Plague in India, 1896, 1897 - Volume 3
Year: 1896
Disease focus: Plague
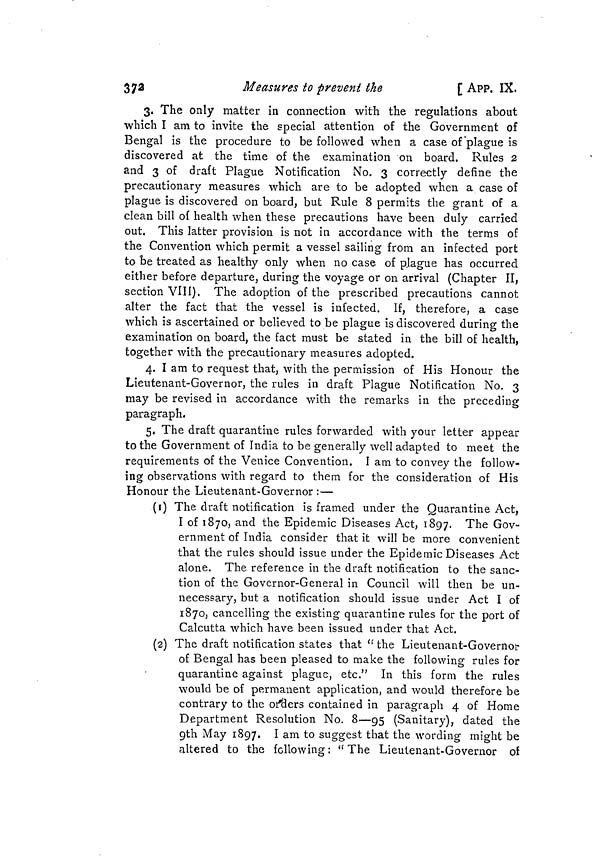
372
Measures to prevent the
[ APP. IX.
3. The only matter in connection with the regulations about
which I am to invite the special attention of the Government of
Bengal is the procedure to be followed when a case of plague is
discovered at the time of the examination on board. Rules 2
and 3 of draft Plague Notification No. 3 correctly define the
precautionary measures which are to be adopted when a case of
plague is discovered on board, but Rule 8 permits the grant of a
clean bill of health when these precautions have been duly carried
out. This latter provision is not in accordance with the terms of
the Convention which permit a vessel sailing from an infected port
to be treated as healthy only when no case of p.lague has occurred
either before departure, during the voyage or on arrival (Chapter II,
section VIII). The adoption of the prescribed precautions cannot
alter the fact that the vessel is infected. If, therefore, a case
which is ascertained or believed to be plague is discovered during the
examination on board, the fact must be stated in the bill of health,
together with the precautionary measures adopted.
4. I am to request that, with the permission of His Honour the
Lieutenant-Governor, the rules in draft Plague Notification No. 3
may be revised in accordance with the remarks in the preceding
paragraph.
5. The draft quarantine rules forwarded with your letter appear
to the Government of India to be generally well adapted to meet the
requirements of the Venice Convention. I am to convey the follow-
ing observations with regard to them for the consideration of His
Honour the Lieutenant-Governor :—
(1) The draft notification is framed under the Quarantine Act,
I of 1870, arid the Epidemic Diseases Act, 1897. The Gov-
ernment of India consider that it will be more convenient
that the rules should issue under the Epidemic Diseases Act
alone. The reference in the draft notification to the sanc-
tion of the Governor-General in Council will then be un-
necessary, but a notification should issue under Act I of
1870, cancelling the existing quarantine rules for the port of
Calcutta which have been issued under that Act.
(2) The draft notification states that " the Lieutenant-Governor
of Bengal has been pleased to make the following rules for
quarantine against plague, etc." In this form the rules
would be of permanent application, and would therefore be
contrary to the orders contained in paragraph 4 of Home
Department Resolution No. 8—95 (Sanitary), dated the
9th May 1897. I am to suggest that the wording might be
altered to the following: "The Lieutenant-Governor of